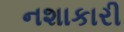
નશાકારી